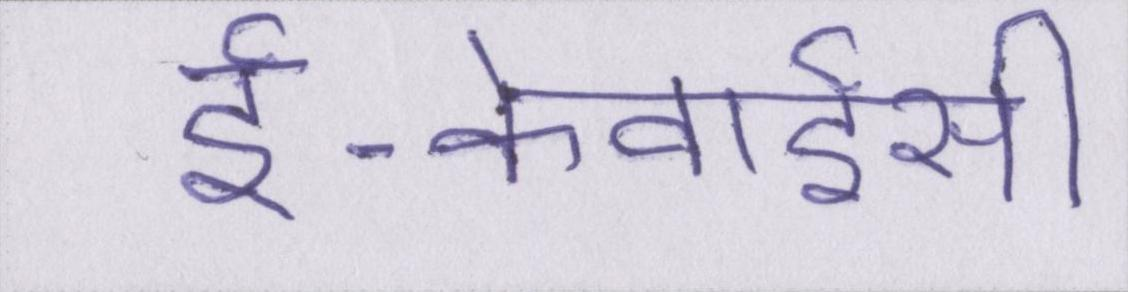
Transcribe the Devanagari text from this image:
ई-केवाईसी